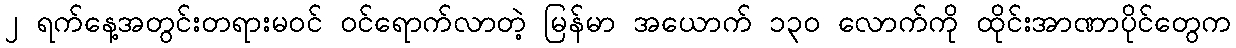
၂ ရက်နေ့အတွင်းတရားမဝင် ဝင်ရောက်လာတဲ့ မြန်မာ အယောက် ၁၃၀ လောက်ကို ထိုင်းအာဏာပိုင်တွေက